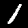
Label: 1